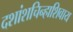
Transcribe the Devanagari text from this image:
दशांशचिन्हाशिवाय